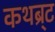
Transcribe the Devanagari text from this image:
कथब्र्ट